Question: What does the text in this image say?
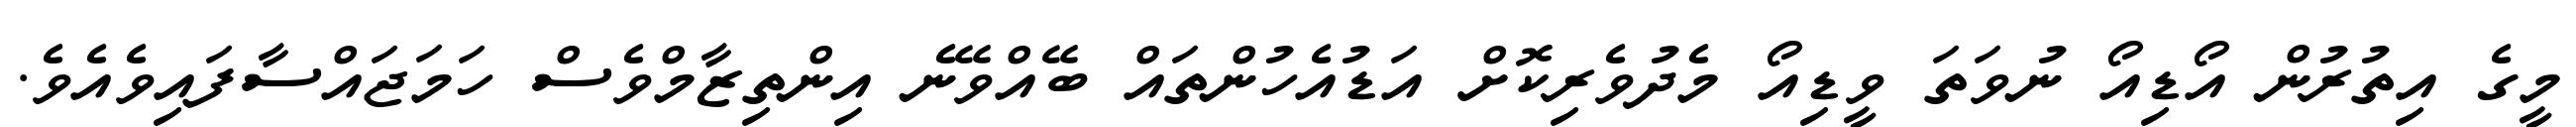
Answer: މީގެ އިތުރުން އޯޑިއޯ ނުވަތަ ވީޑިއޯ މެދުވެރިކޮށް އަޑުއެހުންތައް ބޭއްވޭނެ އިންތިޒާމްވެސް ހަމަޖައްސާފައިވެއެވެ.